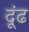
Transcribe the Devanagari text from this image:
दूंढ